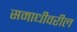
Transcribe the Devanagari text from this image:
समाधीवरील